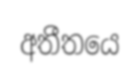
අතීතයෙ